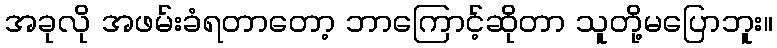
အခုလို အဖမ်းခံရတာတော့ ဘာကြောင့်ဆိုတာ သူတို့မပြောဘူး။